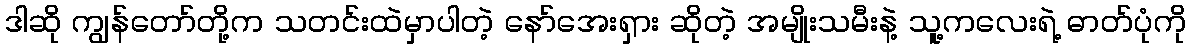
ဒါဆို ကျွန်တော်တို့က သတင်းထဲမှာပါတဲ့ နော်အေးရှား ဆိုတဲ့ အမျိုးသမီးနဲ့ သူ့ကလေးရဲ့ ဓာတ်ပုံကို